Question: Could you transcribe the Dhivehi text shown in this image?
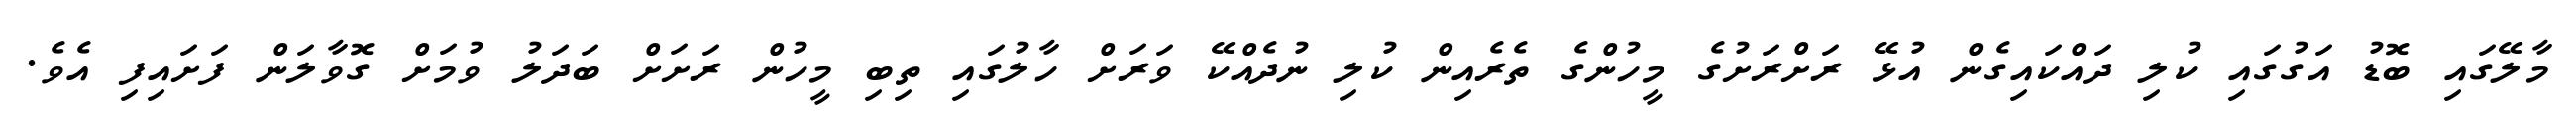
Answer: މާލޭގައި ބޮޑު އަގުގައި ކުލި ދައްކައިގެން އުޅޭ ރަށްރަށުގެ މީހުންގެ ތެރެއިން ކުލި ނުދެއްކޭ ވަރަށް ހާލުގައި ތިބި މީހުން ރަށަށް ބަދަލު ވުމަށް ގޮވާލަން ފަށައިފި އެވެ.